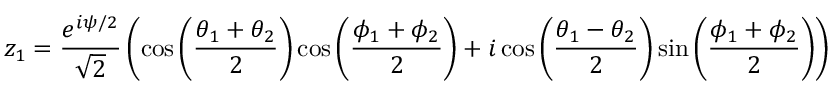
z _ { 1 } = \frac { e ^ { i \psi / 2 } } { \sqrt { 2 } } \left( \cos \left( \frac { \theta _ { 1 } + \theta _ { 2 } } { 2 } \right) \cos \left( \frac { \phi _ { 1 } + \phi _ { 2 } } { 2 } \right) + i \cos \left( \frac { \theta _ { 1 } - \theta _ { 2 } } { 2 } \right) \sin \left( \frac { \phi _ { 1 } + \phi _ { 2 } } { 2 } \right) \right)